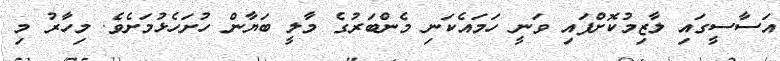
އަސާސީގައި ލާޒިމުކޮށްފައި ވަނީ ހަމައެކަނި މެންބަރުގެ މާލީ ބަޔާން ހުށަހެޅުމަށެވެ. މިހާރު މި